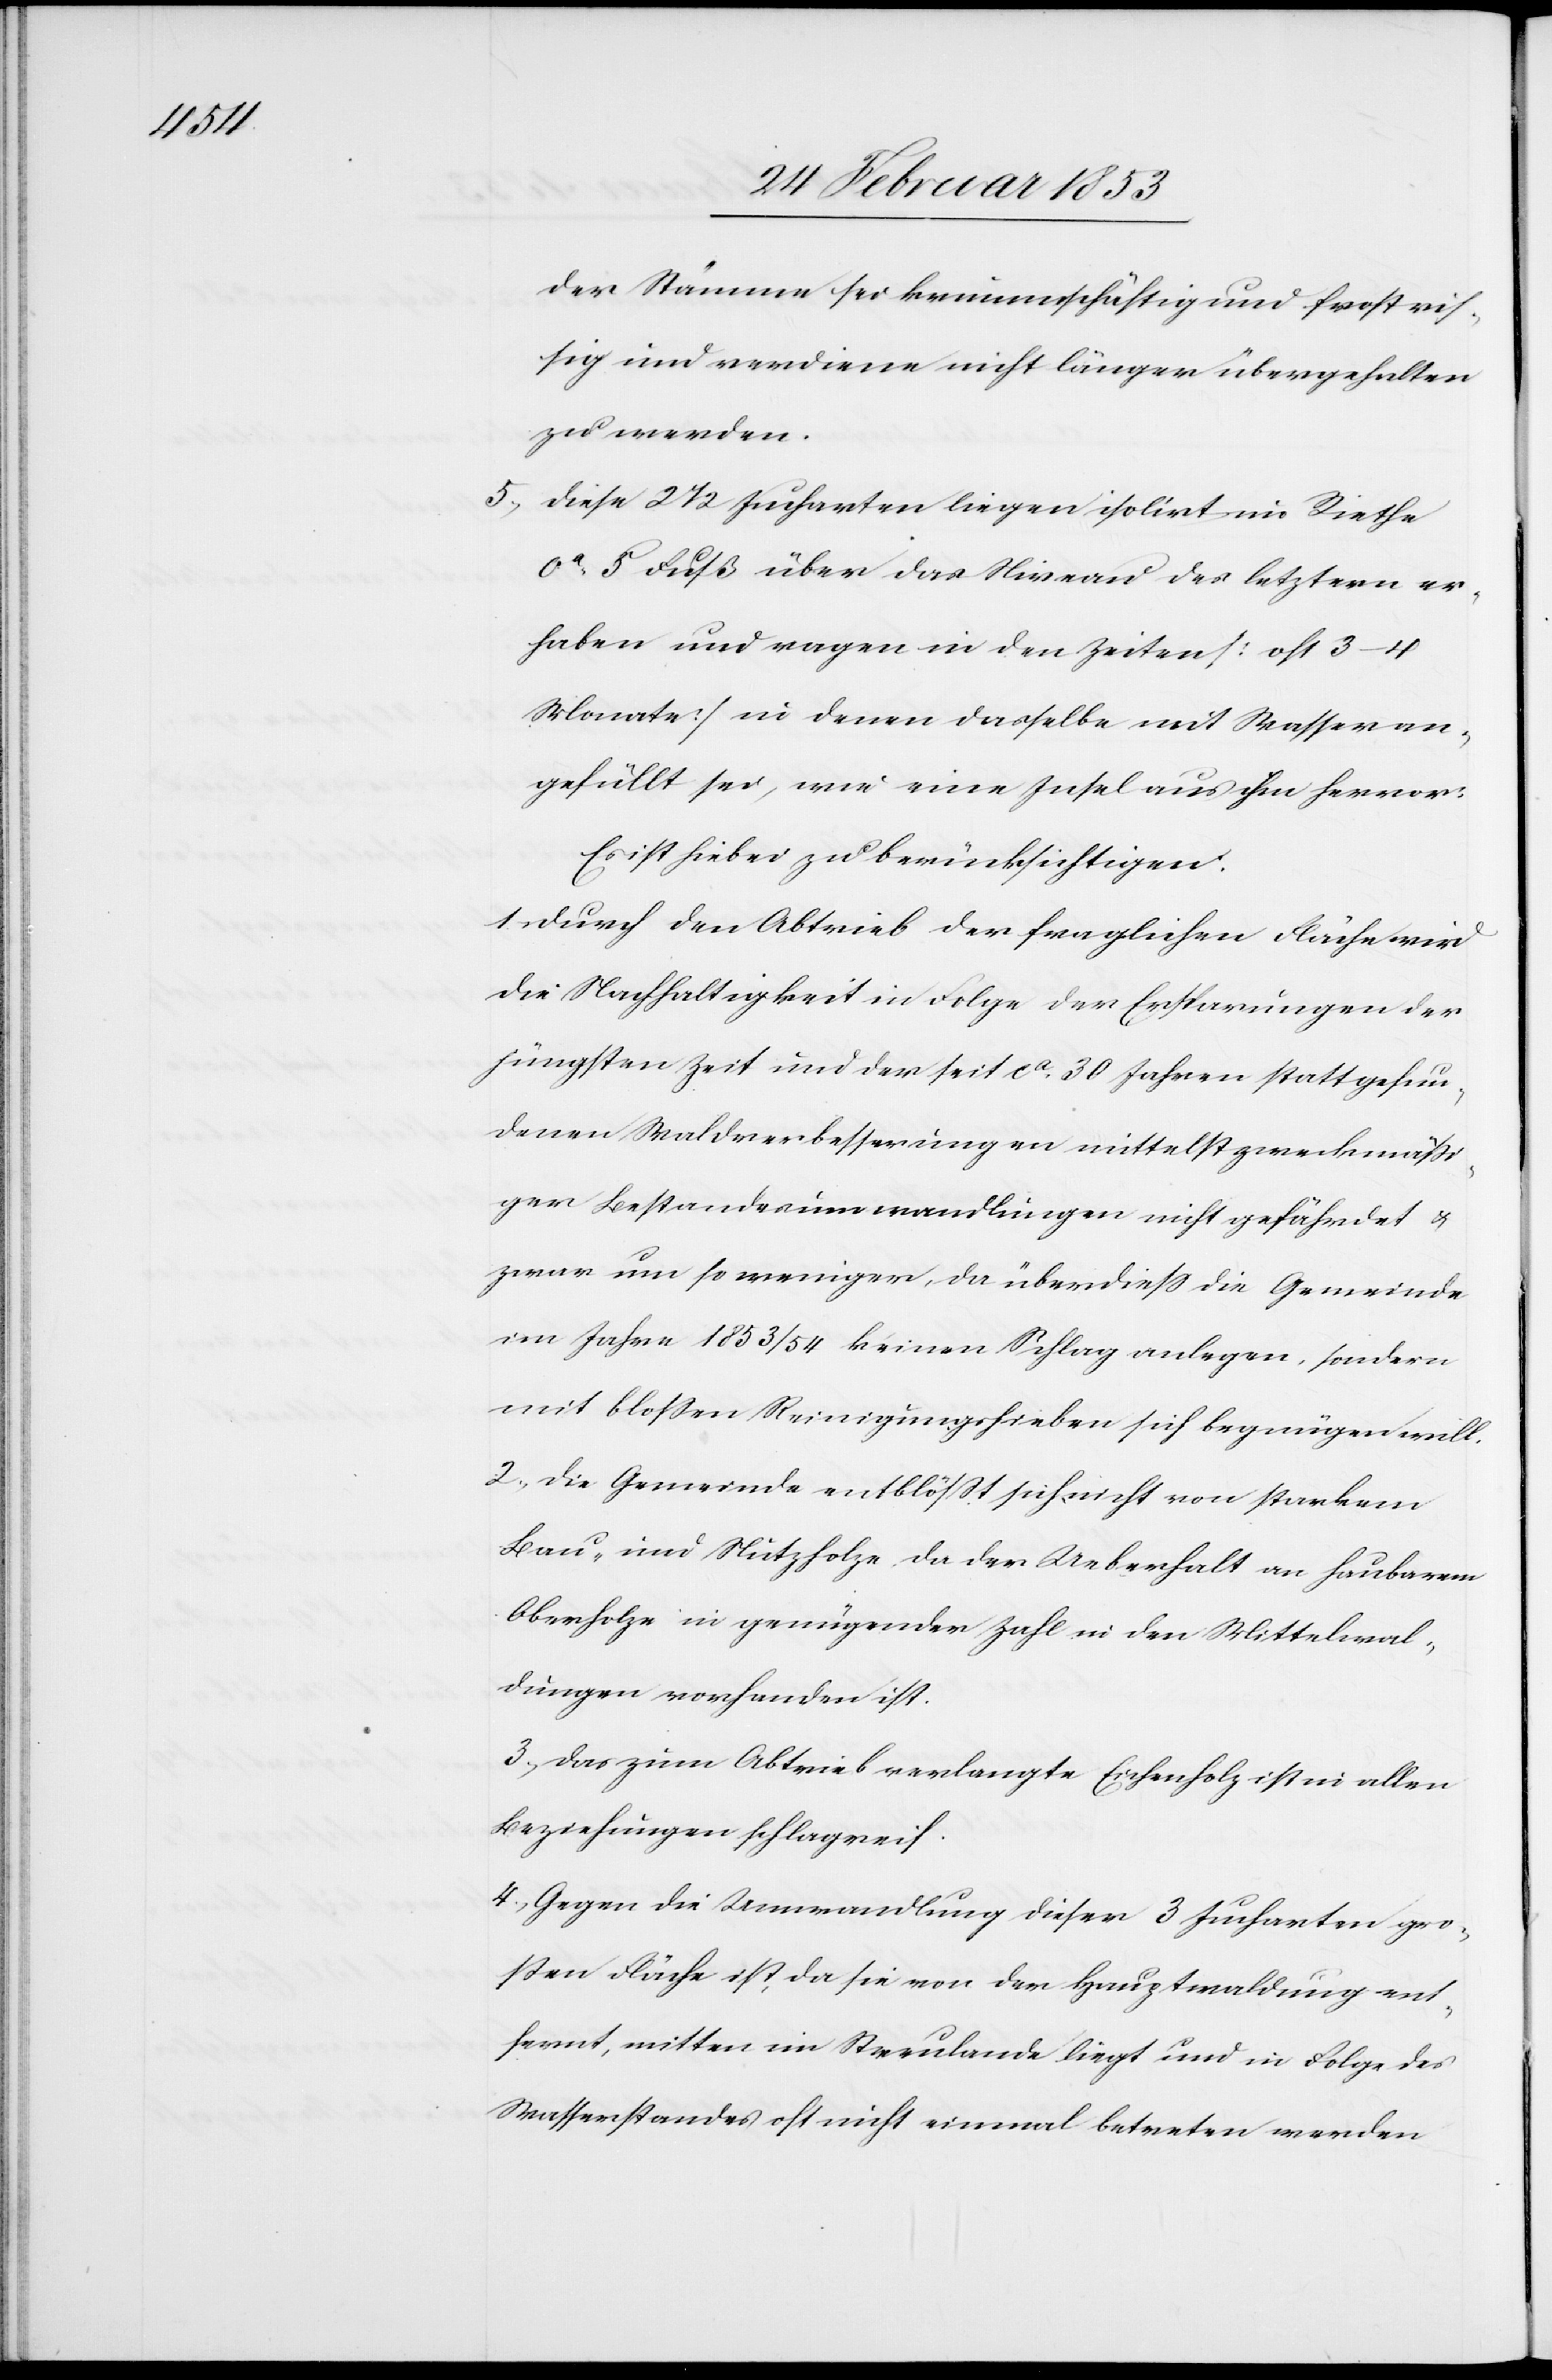
der Stämme sei krummschäftig und frosteis¬
ig und verdiene nicht länger übergehalten
zu werden.
5, diese 2 1/2 Jucharten liegen isolirt im Riethe
ca. 5 Fuß über das Niveau des letztern er¬
haben [sic!] und ragen in den Zeiten [oft 3–4
Monate] in denen dasselbe mit Wasser an¬
gefüllt sei, wie eine Insel aus ihm hervor]
Es ist hiebei zu berücksichtigen:
1, Durch den Abtrieb der fraglichen Fläche wird
die Nachhaltigkeit in Folge der Ersparungen der
jüngsten Zeit und der seit ca. 30 Jahren stattgefun¬
denen Waldverbesserungen mittelst zweckmäßi¬
ger Bestandesumwandlungen nicht gefährdet u.
zwar um so weniger, da überdieß die Gemeinde
im Jahre 1853/54 keinen Schlag anlegen, sondern
mit bloßen Reinigungshieben sich begnügen will.
2, Die Gemeinde entblößt sich nicht von starkem
Bau- und Nutzholze da der Ueberhalt an haubarem
Oberholze in genügender Zahl in den Mittelwal¬
dungen vorhanden ist.
3, das zum Abtrieb verlangte Eichenholz ist in allen
Beziehungen schlagreif.
4, Gegen die Umwandlung dieser 3 Jucharten gro¬
ßen Fläche ist da sie von der Hauptwaldung ent¬
fernt, mitten im Streulande liegt und in Folge des
Wasserstandes oft nicht einmal betreten werden